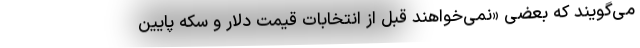
می‌گویند که بعضی «نمی‌خواهند قبل از انتخابات قیمت دلار و سکه پایین